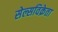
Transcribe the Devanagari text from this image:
सेल्सविक्रेता